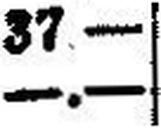
—.—